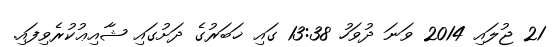
21 ޖުލައި 2014 ވަނަ ދުވަހު 13:38 ގައި ޚަބަރުގެ ދަށުގައި ޝާއިޢުކުރެވިފައި.